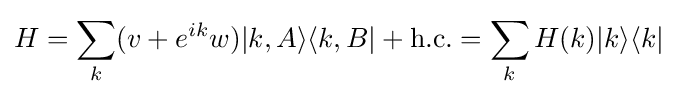
H=\sum _{k}(v+e^{ik}w)|k,A\rangle \langle k,B|+{\text{h.c.}}=\sum _{k}H(k)|k\rangle \langle k|